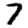
Digit: 7